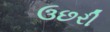
ઉછરી